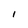
Character: l